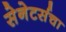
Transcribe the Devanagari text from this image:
सेनेटर्सचा